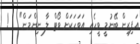
އަފިރިން ބޭނުމީ ވީހެއި އަވަހަކަށް ވޯޓް ލާ ނިންމަން"   !